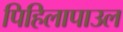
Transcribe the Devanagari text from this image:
पिहिलापाउल